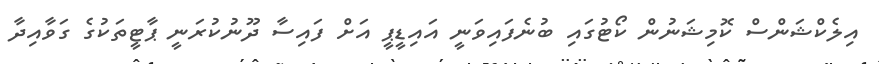
އިލެކްޝަންސް ކޮމިޝަނުން ކޯޓުގައި ބުނެފައިވަނީ އައިޑީޕީ އަށް ފައިސާ ދޫނުކުރަނީ ޕާޓީތަކުގެ ގަވާއިދާ